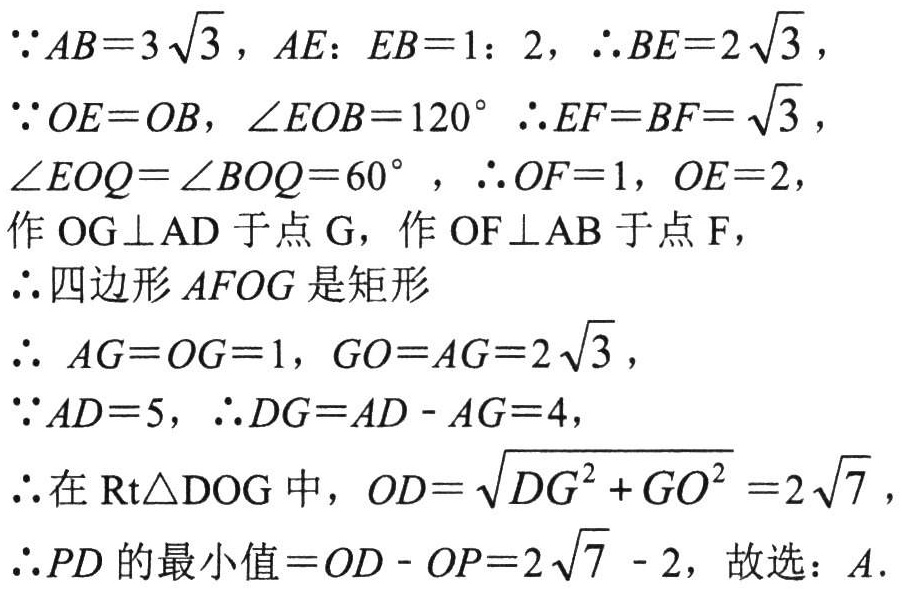
\(\because AB = 3\sqrt{3}\)，\(AE: EB = 1: 2\)，\(\therefore BE = 2\sqrt{3}\)，
\(\because OE = OB\)，\(\angle EOB = 120^{\circ}\) \(\therefore EF = BF=\sqrt{3}\)，
\(\angle EOQ=\angle BOQ = 60^{\circ}\) ，\(\therefore OF = 1\)，\(OE = 2\)，
作\(OG\perp AD\)于点\(G\)，作\(OF\perp AB\)于点\(F\)，
\(\therefore\)四边形\(AFOG\)是矩形
\(\therefore  AG = OF = 1\)，\(GO=AF = 2\sqrt{3}\)，
\(\because AD = 5\)，\(\therefore DG = AD - AG = 4\)，
\(\therefore\)在\(Rt\triangle DOG\)中，\(OD=\sqrt{DG^{2}+GO^{2}} = 2\sqrt{7}\)，
\(\therefore PD\)的最小值\(=OD - OP = 2\sqrt{7}-2\)，故选：\(A\).